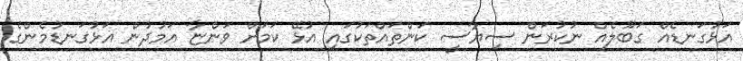
އަޅުގަނޑެއް ގަބޫލެއް ނުކުރަން ސިޔާސީ ކަންތައްތަކުގައި އުޅޭ ކަމަށް ވަންޏާ އަމުދުން އަޅުގަނޑުމެންގެ